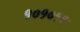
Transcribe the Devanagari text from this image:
१०१०१९